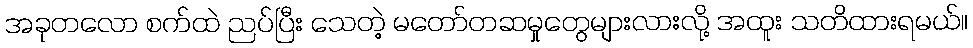
အခုတလော စက်ထဲ ညပ်ပြီး သေတဲ့ မတော်တဆမှုတွေများလားလို့ အထူး သတိထားရမယ်။